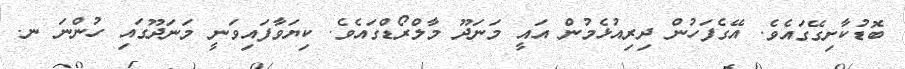
ބޮޑުކާށިގޭގައެވެ. އޭގެފަހުން ދިރިއުޅެމުން އައީ މަނަދޫ މާލްރޯޑްގައެވެ. ކިޔަވާފައިވަނީ މަނަދޫގައި ހުންނަ ނ.